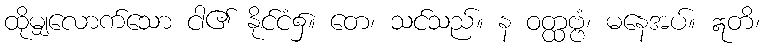
ထိုမျှလောက်သော ငါ၏ နိုင်ငံ၌။ တေ၊ သင်သည်။ န ဝတ္ထဗ္ဗံ၊ မနေအပ်။ ဣတိ၊